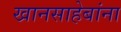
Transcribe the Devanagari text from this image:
खानसाहेबांना